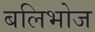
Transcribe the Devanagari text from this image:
बलिभोज